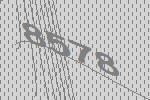
8578